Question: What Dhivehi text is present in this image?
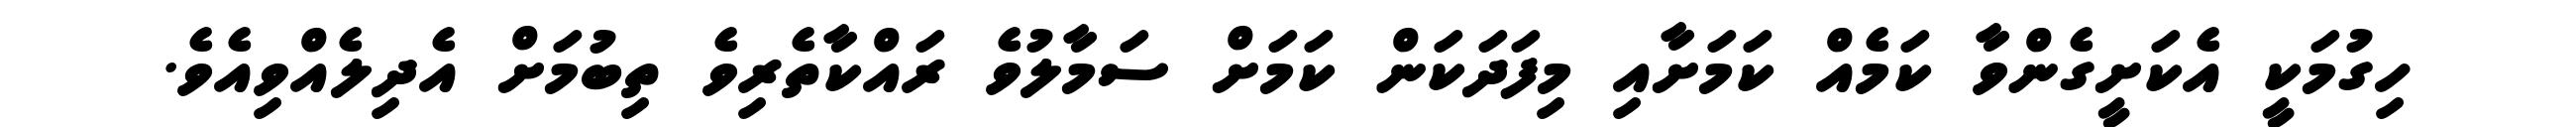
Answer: ހިގުމަކީ އެކަށީގެންވާ ކަމެއް ކަމަށާއި މިފަދަކަން ކަމަށް ސަމާލުވެ ރައްކާތެރިވެ ތިބުމަށް އެދިލެއްވިއެވެ.